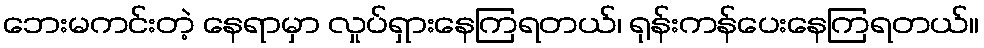
ဘေးမကင်းတဲ့ နေရာမှာ လှုပ်ရှားနေကြရတယ်၊ ရုန်းကန်ပေးနေကြရတယ်။